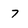
Character: 7